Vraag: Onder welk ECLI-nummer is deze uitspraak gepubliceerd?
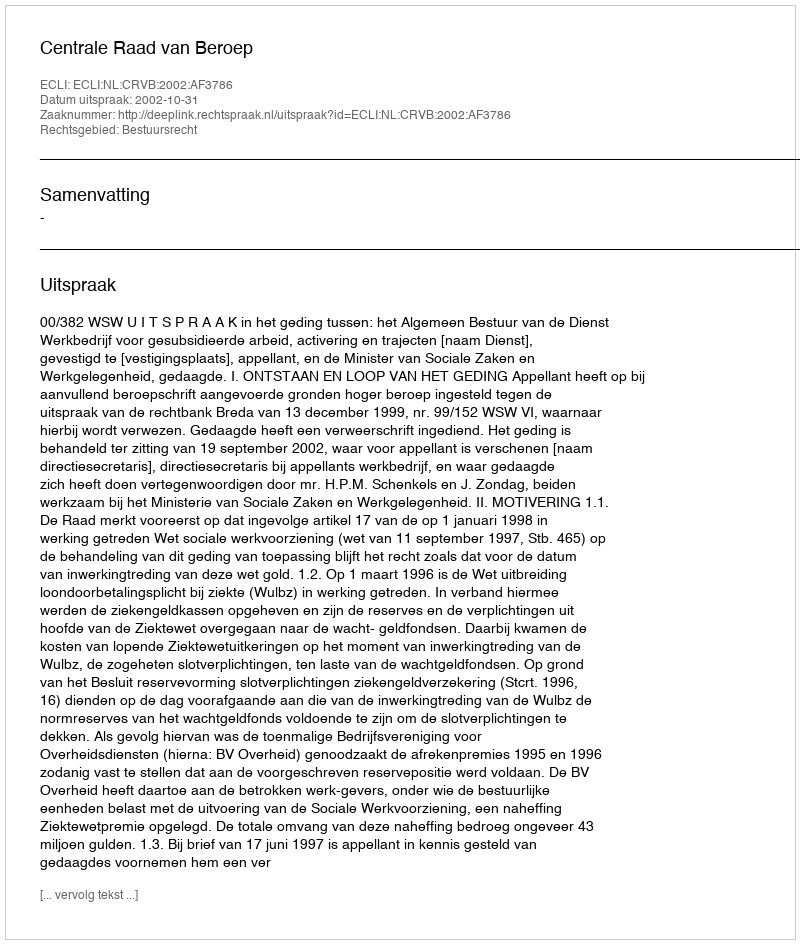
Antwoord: ECLI:NL:CRVB:2002:AF3786